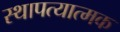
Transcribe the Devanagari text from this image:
स्थापत्यात्मक